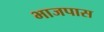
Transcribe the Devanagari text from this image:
भाजपास